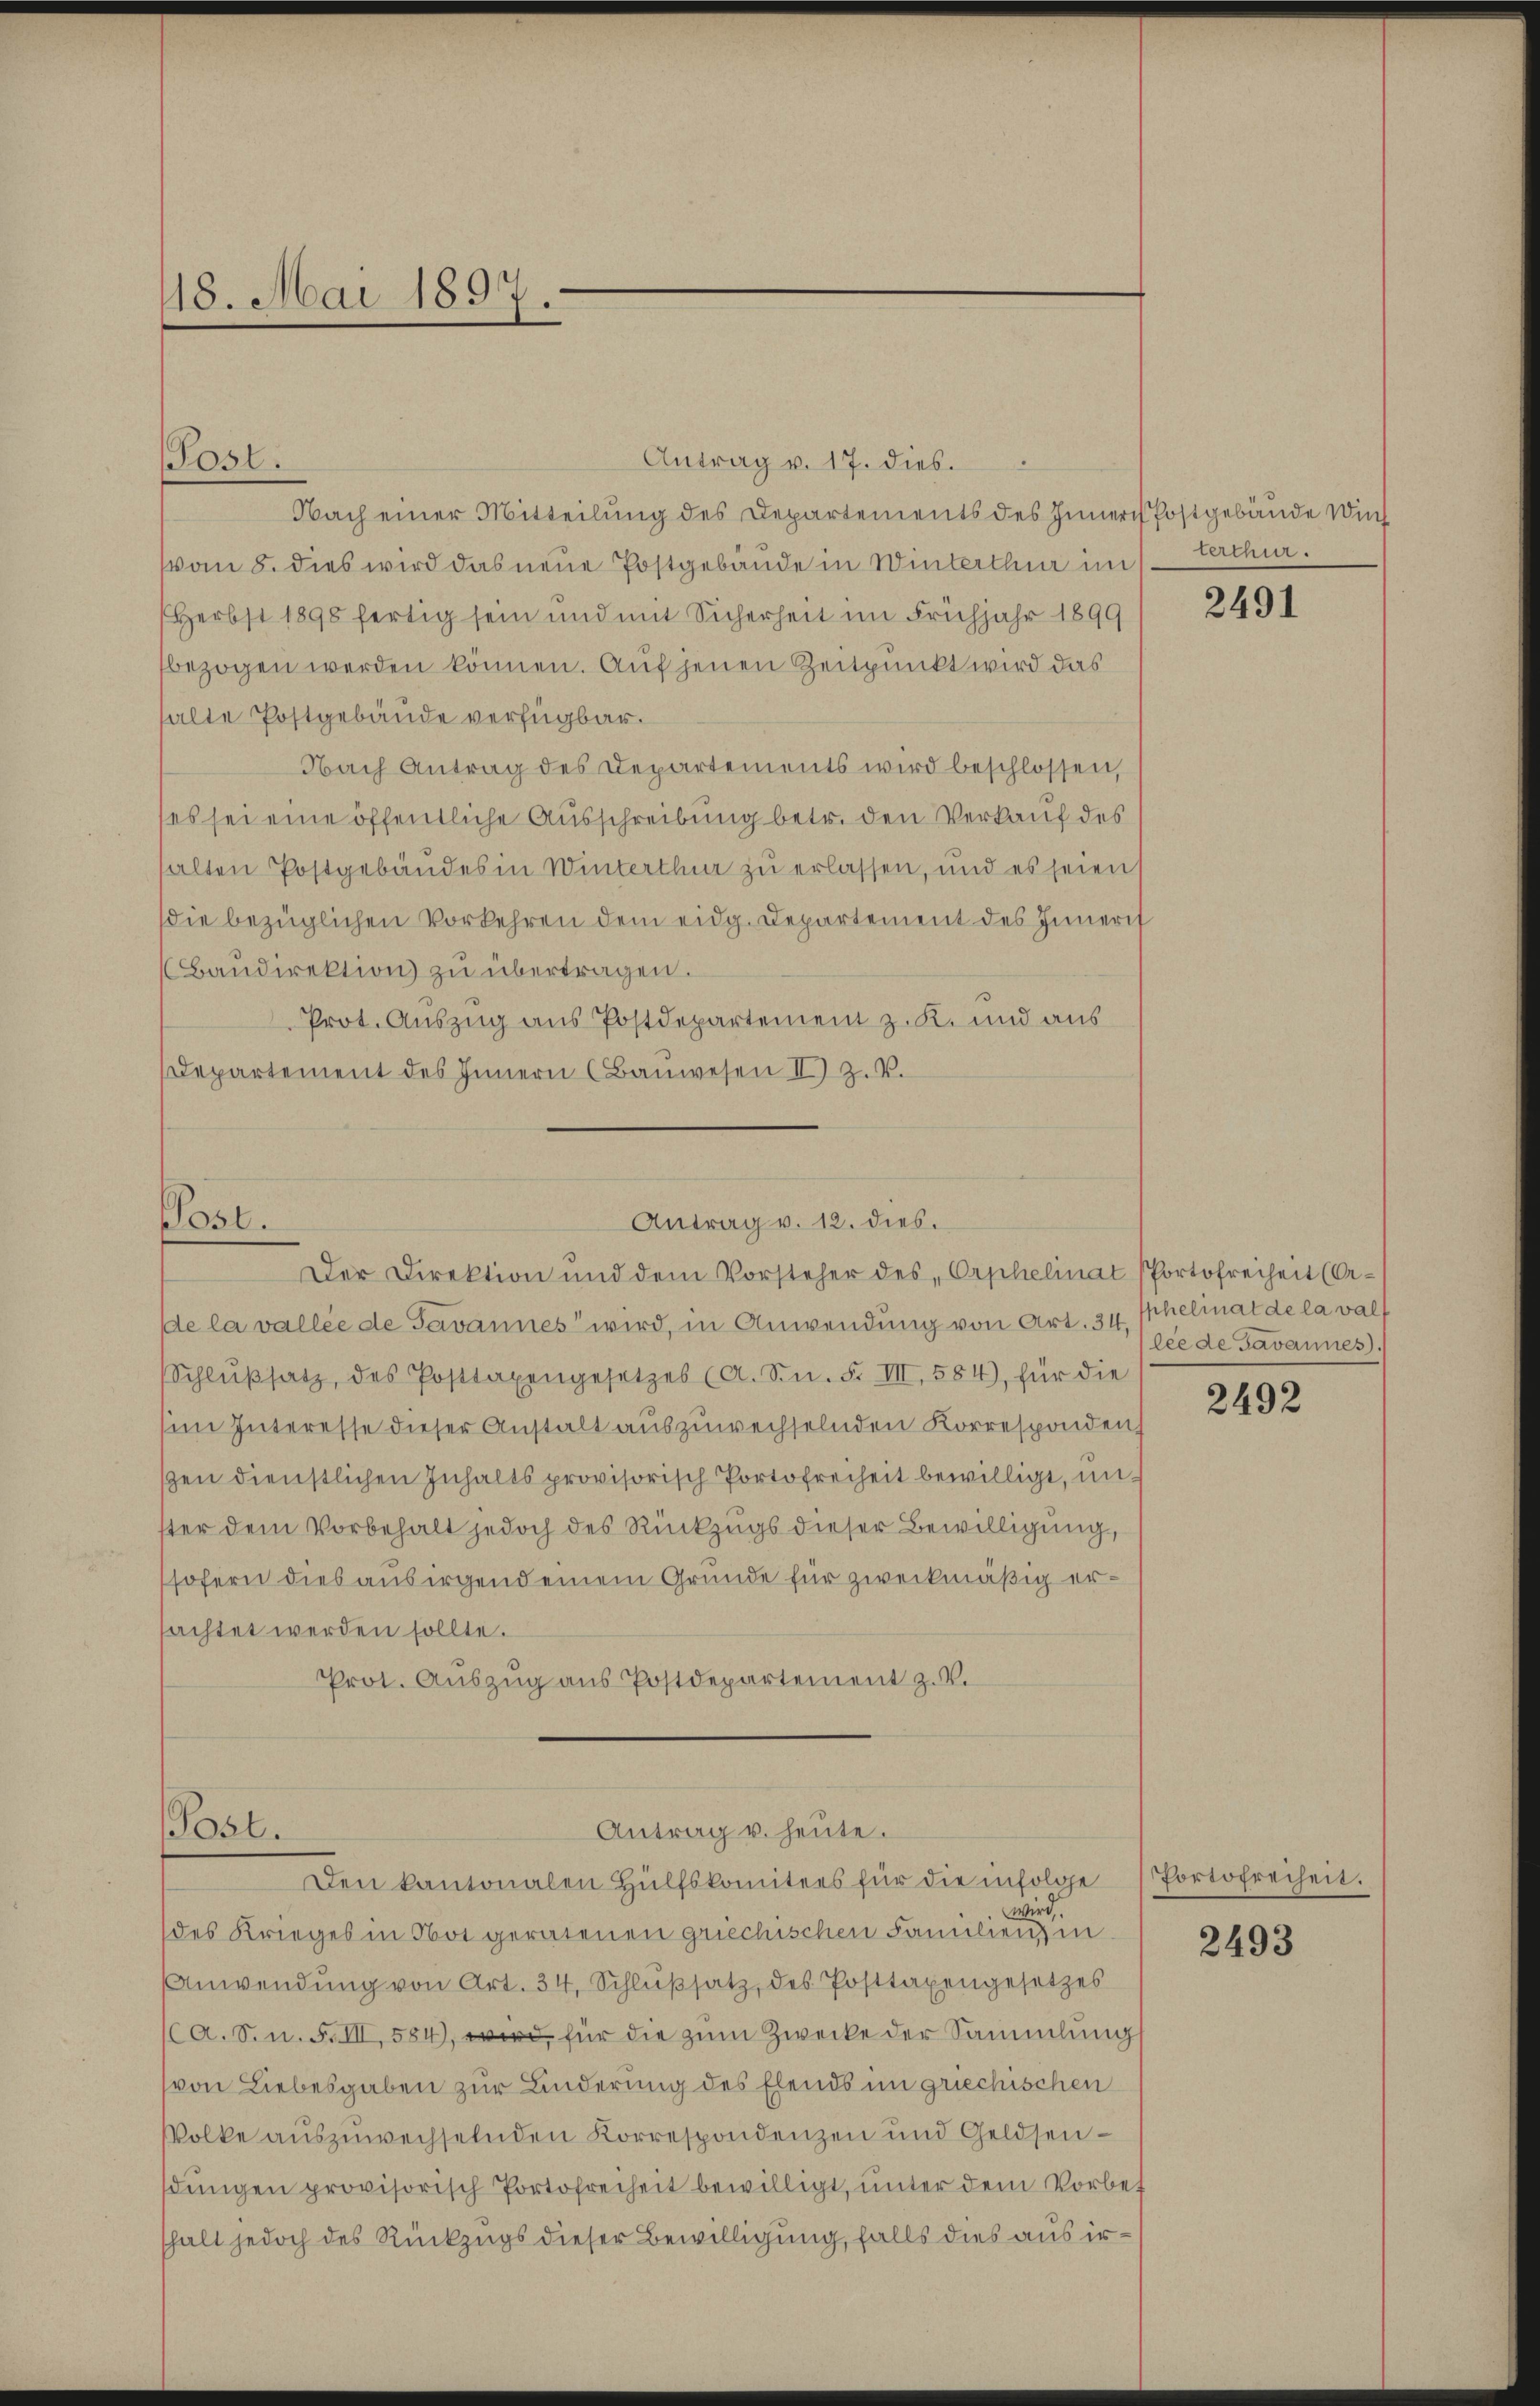
18. Mai 1897.

Antrag v. 17. dies.
Nach einer Mitteilung des Departements des Innern Postgebäude wich
vom 8. dies wird das neue Postgebäude in Winterthur im terthur.
(Herbst 1898 fertig sein und mit Sicherheit im Frühjahr 1899
bezogen werden können. Auf jenen Zeitpunkt wird das
alte Postgebäude verfügbar.
Nach Antrag des Departements wird beschlossen,
(es sei eine öffentliche Ausschreibung betr. den Verkauf des
halten Postgebäudes in Winterthur zu erlassen, und es seien
die bezüglichen Vorkehren dem eidg. Departement des Innerif
Baŭdirektion zu übertragen.
Prot. Auszug aus Postdepartement z. K. und aus
Departement des Innern (Baŭwesen II Z. V.
Antrag v. 12. dies.
st.
Der Direktion und dem Vorsteher des Orphelinat (Portofreiheit (Or-
de la vallee de Javannes wird, in Anwendung von Art. 34. Ehelinat de la val
Schlŭβsatz, des Posttaxengesetzes (A. Sn. F. III, 584), für die
sin Interesse dieser Anstalt auszuwechselnden Korresponden,
sen dienstlichen Inhalts provisorisch Portofreiheit bewilligt, unster dem Vorbehalt jedoch des Rückzugs dieser Bewilligung,
sofern dies aus irgend einem Grunde für zweckmäßig ersachtet werden sollte.
Prot. Auszug aus Postdepartement z. V.

Post.

Post.

Antrag u. heute.
Den kantonalen Hülfskomitees für die infolge

wird.
des Krieges in Not geratenen griechischen Familiens in
Anwendŭng von Art. 34, Schlŭβsatz, des Posttaxengesetzes
(a. S. u. F. III, 584), wird, für die zum Zwecke der Sammlung
von Liebesgaben zur Linderung des Elends im griechischen
VVolke auszuwechselnden Korrespondenzen und Geldsendŭngen provisorisch Portofreiheit bewilligt, unter dem Vorbet
halt jedoch des Rückzugs dieser Bewilligung, falls dies aus ir¬

2491

lee de Javannes.

2492

Portofreiheit.

2493